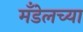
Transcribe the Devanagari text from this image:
मँडेलच्या